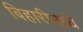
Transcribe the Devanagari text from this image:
बिहारीमध्ये